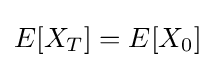
E[X_{T}]=E[X_{0}]